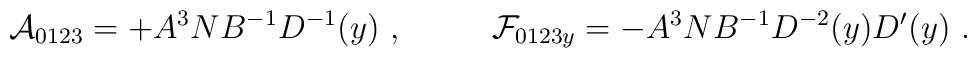
{\cal A}_{0123}= + A^3 N B^{-1} D^{-1}(y)      \ ,  \ \ \ \ \ \ \ \                {\cal F}_{0123y}= - A^3  N B^{-1} D^{-2}(y) D'(y) \ .